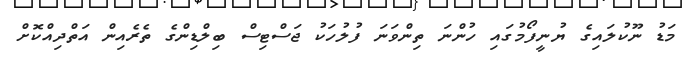
މަޑު ނޫކުލައިގެ ޔުނީފޯމުގައި ހުންނަ ތިންވަނަ ފުލުހަކު ޖަސްޓިސް ބިލްޑިންގެ ތެރެއިން އަތްދިއްކޮށް